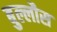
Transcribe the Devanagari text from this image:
बुल्लौस